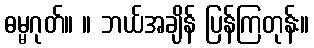
ဓမ္မဂုတ်။ ။ ဘယ်အချိန် ပြန်ကြတုန်း။